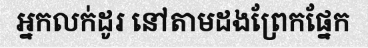
អ្នកលក់ដូរ នៅតាមដងព្រែកផ្នែក